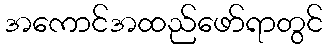
အကောင်အထည်ဖော်ရာတွင်